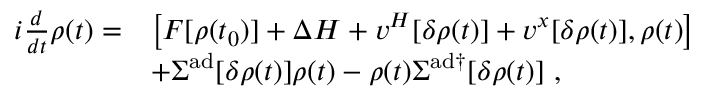
\begin{array} { r l } { i \frac { d } { d t } \rho ( t ) = } & { \big [ F [ \rho ( t _ { 0 } ) ] + \Delta H + v ^ { H } [ \delta \rho ( t ) ] + v ^ { x } [ \delta \rho ( t ) ] , \rho ( t ) \big ] } \\ & { + \Sigma ^ { \mathrm { a d } } [ \delta \rho ( t ) ] \rho ( t ) - \rho ( t ) \Sigma ^ { \mathrm { a d \dag } } [ \delta \rho ( t ) ] ~ , } \end{array}